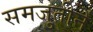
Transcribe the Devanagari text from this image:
समजुतीनें